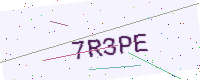
Text: 7R3PE